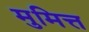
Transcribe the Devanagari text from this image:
मुमित्त